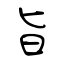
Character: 旨